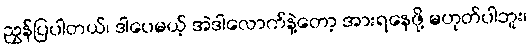
ညွှန်ပြပါတယ်၊ ဒါပေမယ့် အဲဒါလောက်နဲ့တော့ အားရနေဖို့ မဟုတ်ပါဘူး၊